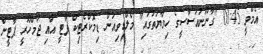
އެމްވީ 01:45 "ގާނޫނުއަސާސީގެ ހިމާޔަތުގައި" މޯލްޑިވިއަން ޑިމޮކްރެޓިކް ޕާޓީ އާއި ޖުމްހޫރީ ޕާޓީން